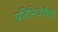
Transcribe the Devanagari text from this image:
प्रतिनिधीपैकी